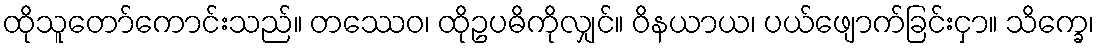
ထိုသူတော်ကောင်းသည်။ တဿေဝ၊ ထိုဥပဓိကိုလျှင်။ ဝိနယာယ၊ ပယ်ဖျောက်ခြင်းငှာ။ သိက္ခေ၊